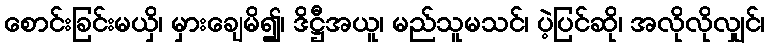
စောင်းခြင်းမယှိ၊ မှားချေမိ၍၊ ဒိဋ္ဌီအယူ၊ မည်သူမသင်၊ ပဲ့ပြင်ဆို၊ အလိုလိုလျှင်၊